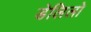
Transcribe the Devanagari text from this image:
डेलिलो